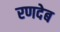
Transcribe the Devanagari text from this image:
रणदेब